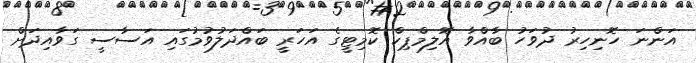
އަންނަ ހޮނިހިރު ދުވަހު ބާއްވާ އޮލިމްޕިކް ކޮމިޓީގެ އަހަރީ ބައްދަލުވުމުގައި އަސާސީ ގަވާއިދަށް